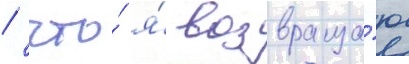
/ что́ я́ возвраща́ю